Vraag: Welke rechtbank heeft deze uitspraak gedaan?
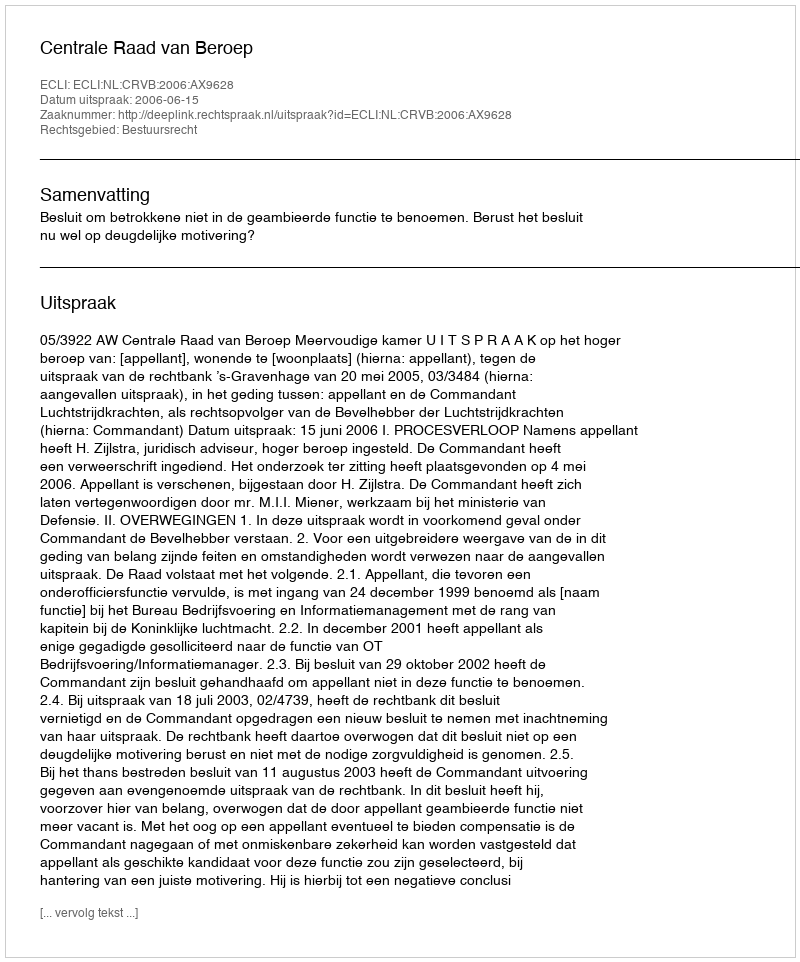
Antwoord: Centrale Raad van Beroep